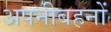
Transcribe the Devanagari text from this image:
अपनीबहनों